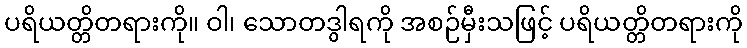
ပရိယတ္တိတရားကို။ ဝါ၊ သောတဒွါရကို အစဉ်မှီးသဖြင့် ပရိယတ္တိတရားကို